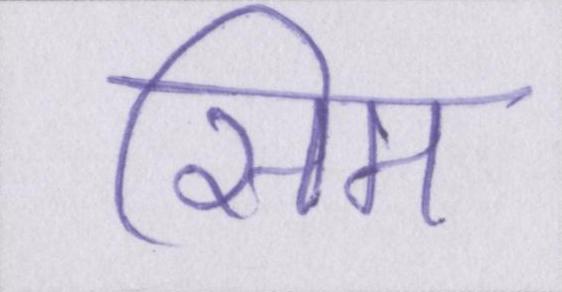
सिम